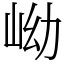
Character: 岰